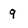
Character: 9